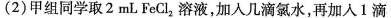
(2)甲组同学取2mL FeCl_{2}溶液，加入几滴氯水，再加入1滴